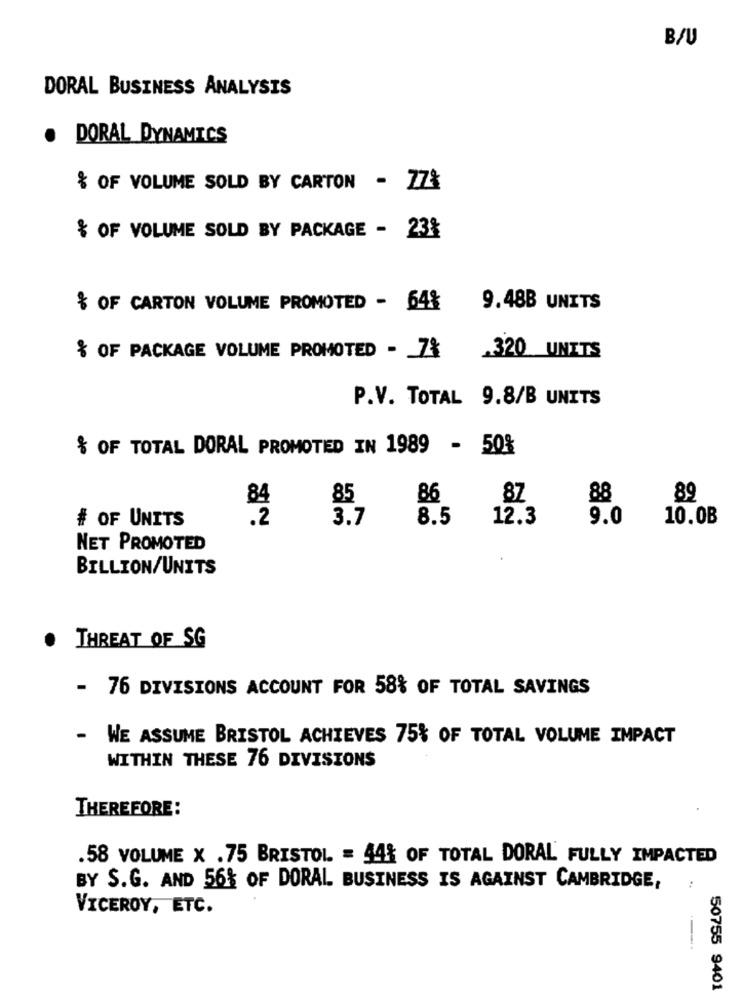
B/U
DORAL BUSINESS ANALYSIS
DORAL DYNAMICS
% OF VOLUME SOLD BY CARTON - ZZ%
& OF VOLUME SOLD BY PACKAGE - 23%
& OF CARTON VOLUME PROMOTED - 64%
9.48B UNITS
% OF PACKAGE VOLUME PROMOTED - 7%
.320 UNITS
P.V. TOTAL 9.8/B UNITS
& OF TOTAL DORAL PROMOTED IN 1989 - 50%
84
85
86
87
88
89
# OF UNITS
.2
3.7
8.5
12.3
9.0
10.0B
NET PROMOTED
BILLION/UNITS
.
THREAT OF SG
- 76 DIVISIONS ACCOUNT FOR 58% OF TOTAL SAVINGS
-
WE ASSUME BRISTOL ACHIEVES 75% OF TOTAL VOLUME IMPACT
WITHIN THESE 76 DIVISIONS
THEREFORE:
.58 VOLUME X .75 BRISTOL = 44% OF TOTAL DORAL FULLY IMPACTED
BY S.G. AND 56% OF DORAL BUSINESS IS AGAINST CAMBRIDGE,
VICEROY, ETC.
50755 9401